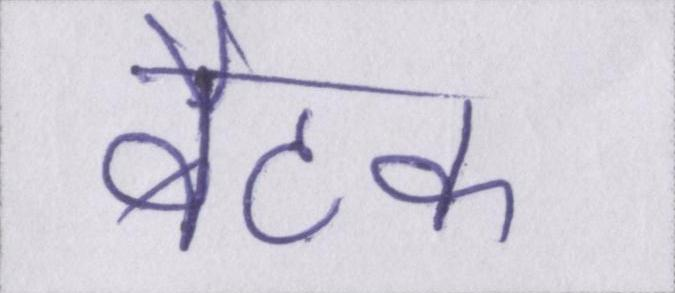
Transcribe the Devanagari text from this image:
बैठक